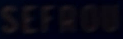
SEFROO